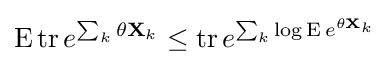
\operatorname {E} \operatorname {tr} e^{\sum _{k}\theta \mathbf {X} _{k}}\leq \operatorname {tr} e^{\sum _{k}\log \operatorname {E} e^{\theta \mathbf {X} _{k}}}